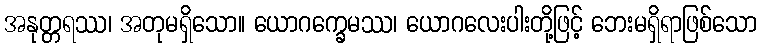
အနုတ္တရဿ၊ အတုမရှိသော။ ယောဂက္ခေမဿ၊ ယောဂလေးပါးတို့ဖြင့် ဘေးမရှိရာဖြစ်သော